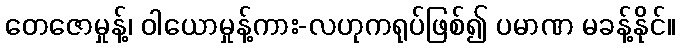
တေဇောမှုန့်၊ ဝါယောမှုန့်ကား-လဟုကရုပ်ဖြစ်၍ ပမာဏ မခန့်နိုင်။